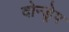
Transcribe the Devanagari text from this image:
दोन्ड्रेप